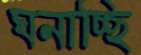
ঘনাচ্ছি